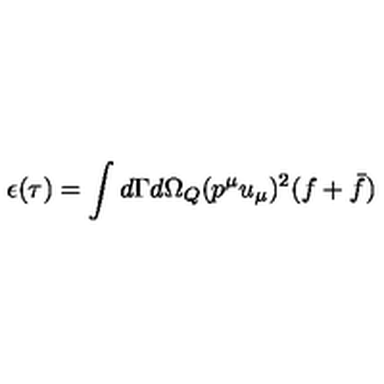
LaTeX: \epsilon ( \tau ) = \int d \Gamma d { \Omega } _ { Q } ( p ^ { \mu } u _ { \mu } ) ^ { 2 } ( f + \bar { f } )